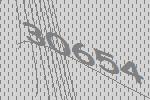
30654